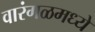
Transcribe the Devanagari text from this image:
वारंगळमध्ये